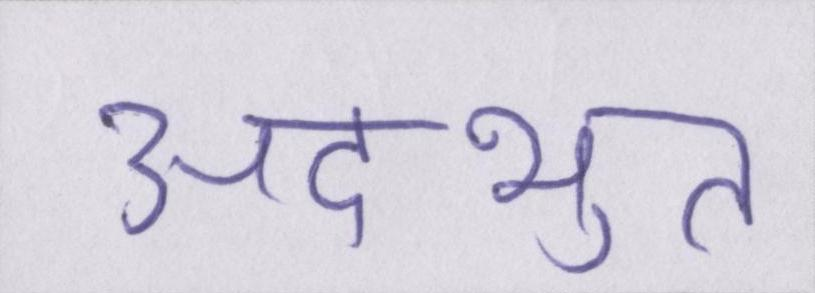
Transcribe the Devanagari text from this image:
अदभुत